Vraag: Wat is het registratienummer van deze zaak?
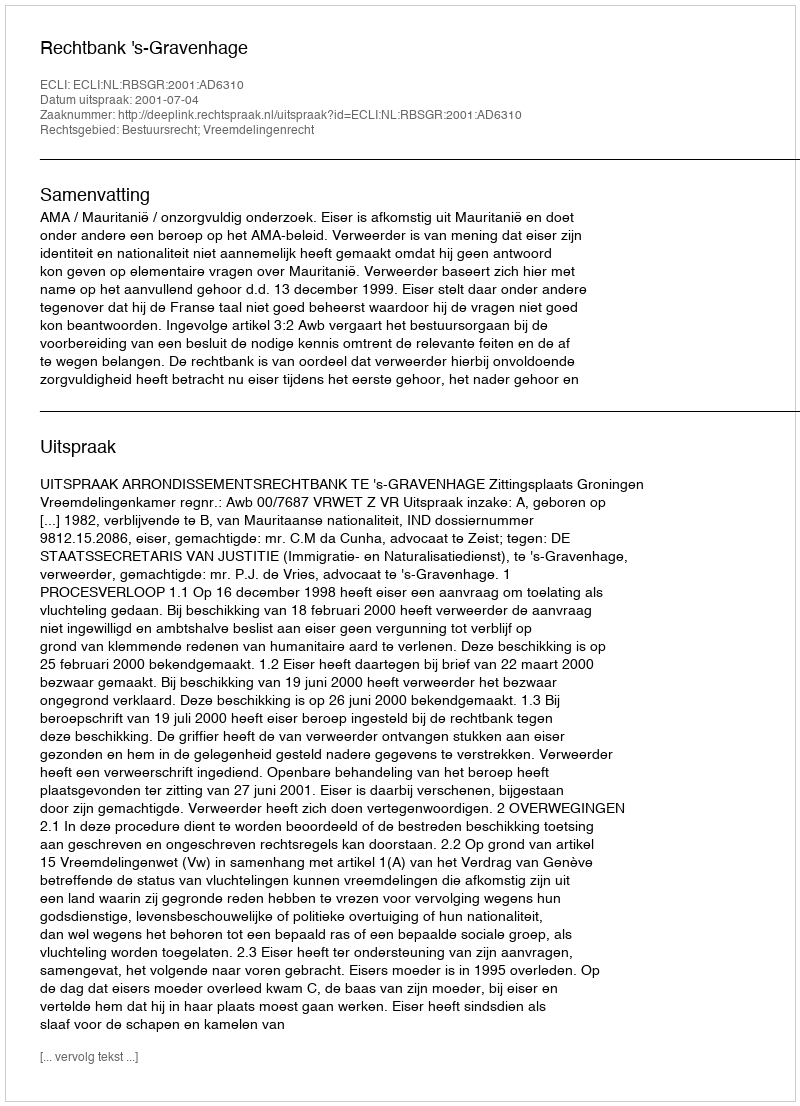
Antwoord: http://deeplink.rechtspraak.nl/uitspraak?id=ECLI:NL:RBSGR:2001:AD6310